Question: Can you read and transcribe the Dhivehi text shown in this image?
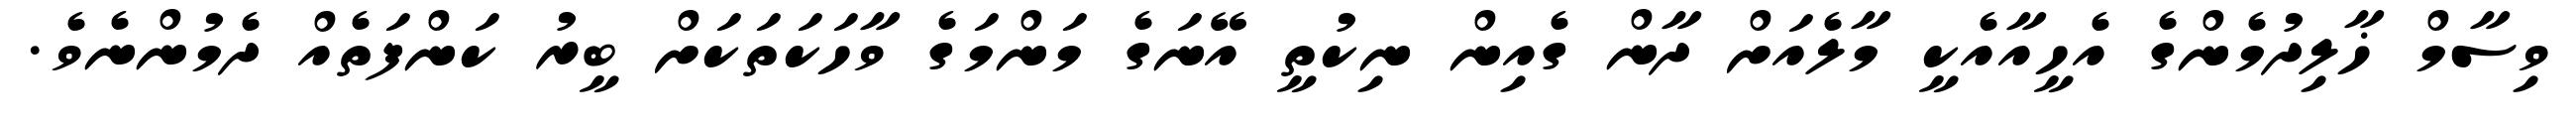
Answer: ވިސާމް ޚާލިދުމެންގެ އެހީއާއެކީ މާލެއަށް ދާން ގެއިން ނިކުތީ އޭނަގެ މަންމަގެ ވާހަކަތަކަށް ބީރު ކަންފަތެއް ދެމުންނެވެ.